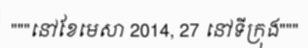
"""នៅខែមេសា 2014, 27 នៅទីក្រុង"""